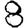
Digit: 8